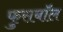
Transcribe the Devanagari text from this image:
फुसबॉल